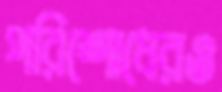
পরিশোধেরও